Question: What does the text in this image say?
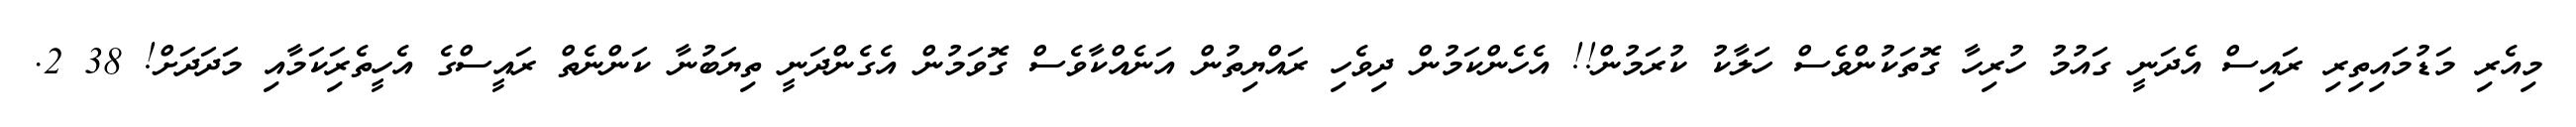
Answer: މިއެރި މަޑުމައިތިރި ރައިސް އެދަނީ ގައުމު ހުރިހާ ގޮތަކުންވެސް ހަލާކު ކުރަމުން!! އެހެންކަމުން ދިވެހި ރައްޔިތުން އަނެއްކާވެސް ގޮވަމުން އެގެންދަނީ ތިޔަބުނާ ކަންނެތް ރައީސްގެ އެހީތެރިަކަމާއި މަދަދަށް! 38 2.